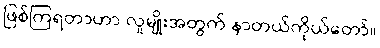
ဖြစ်ကြရတာဟာ လူမျိုးအတွက် နာတယ်ကိုယ်တော်။